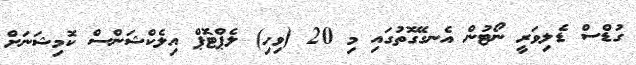
ގުޑްސް ޑެލިވަރީ ނޯޓުން އެނގޭގޮތުގައި މި 20 (ވިހި) ލެޕްޓޮޕް އިލެކްޝަންސް ކޮމިޝަނަށް